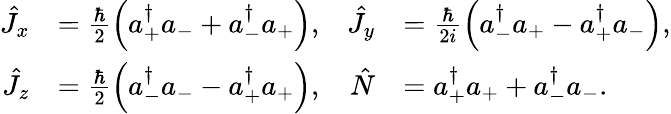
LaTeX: \begin{array}{rlrl}{\hat{J}_{x}}&{=\frac{\hbar}{2}\left(a_{+}^{\dagger}a_{-}+a_{-}^{\dagger}a_{+}\right),}&{\hat{J}_{y}}&{=\frac{\hbar}{2i}\left(a_{-}^{\dagger}a_{+}-a_{+}^{\dagger}a_{-}\right),}\\ {\hat{J}_{z}}&{=\frac{\hbar}{2}\left(a_{-}^{\dagger}a_{-}-a_{+}^{\dagger}a_{+}\right),}&{\hat{N}}&{=a_{+}^{\dagger}a_{+}+a_{-}^{\dagger}a_{-}.}\end{array}